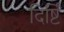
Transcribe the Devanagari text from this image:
दिर्ष्टि